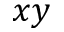
x y